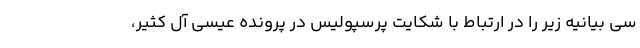
سی بیانیه زیر را در ارتباط با شکایت پرسپولیس در پرونده عیسی آل کثیر،